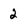
Character: 2